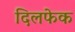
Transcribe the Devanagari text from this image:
दिलफेक